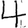
Digit: 4